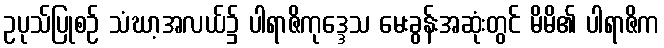
ဥပုသ်ပြုစဉ် သံဃာ့အလယ်၌ ပါရာဇိကုဒ္ဒေသ မေးခွန်းအဆုံးတွင် မိမိ၏ ပါရာဇိက